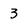
Character: 3